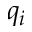
q _ { i }